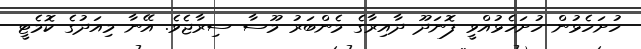
ހުށަހެޅުން ހުށަހެޅުއްވީ ފޮނަދޫ ދާއިރާގެ މެންބަރު މޫސާ ސިރާޖެވެ. އޭނާ މިއަދުގެ ކޮމެޓީ